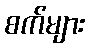
စက်များ